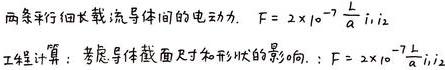
两条平行细长载流导体间的电动力：$F = 2\times10^{-7}\frac{l}{a}i_1i_2$
工程计算：考虑导体截面尺寸和形状的影响：$F = 2\times10^{-7}\lambda\frac{l}{a}i_1i_2$